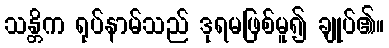
သန္တိက ရုပ်နာမ်သည် ဒုရမဖြစ်မူ၍ ချုပ်၏။